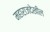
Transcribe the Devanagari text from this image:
महाराजदेखील